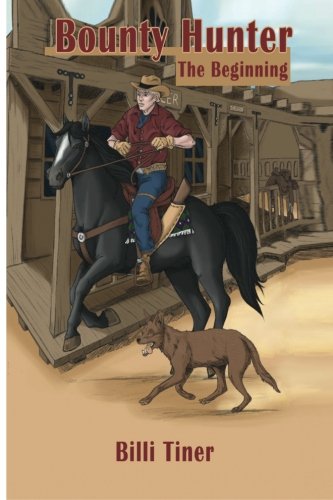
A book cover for Bounty Hunter: The Beginning (Volume 1); Billi Tiner; Teen & Young Adult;